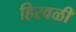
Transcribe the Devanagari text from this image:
हिरवळी